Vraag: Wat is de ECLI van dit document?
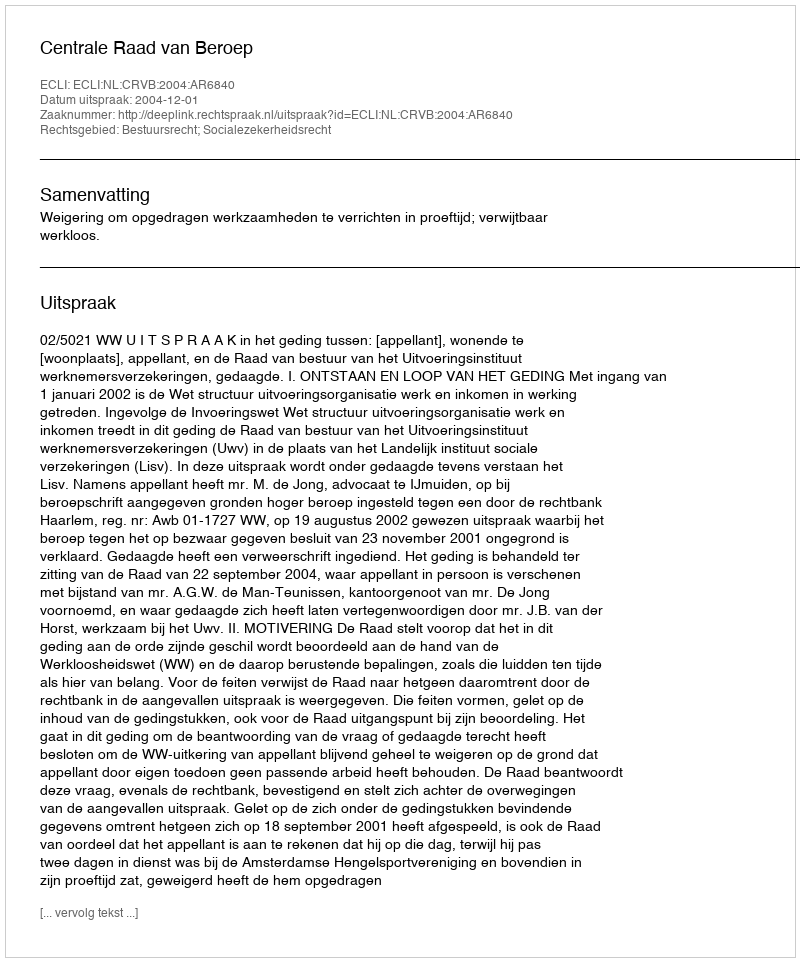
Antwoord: ECLI:NL:CRVB:2004:AR6840